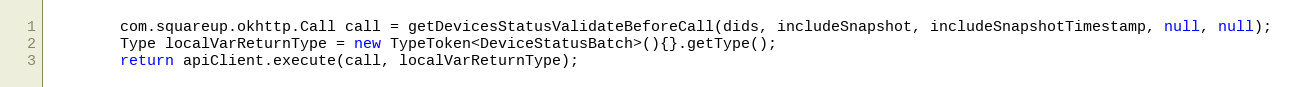
Language: Java
        com.squareup.okhttp.Call call = getDevicesStatusValidateBeforeCall(dids, includeSnapshot, includeSnapshotTimestamp, null, null);
        Type localVarReturnType = new TypeToken<DeviceStatusBatch>(){}.getType();
        return apiClient.execute(call, localVarReturnType);